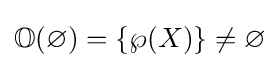
\mathbb {O} (\varnothing )=\{\wp (X)\}\neq \varnothing